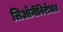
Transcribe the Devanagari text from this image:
लिओनीविरोधात